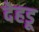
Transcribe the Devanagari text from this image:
देहडू